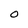
Character: O